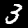
Digit: 3